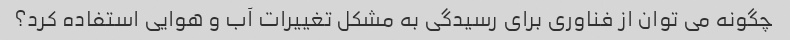
چگونه می توان از فناوری برای رسیدگی به مشکل تغییرات آب و هوایی استفاده کرد؟